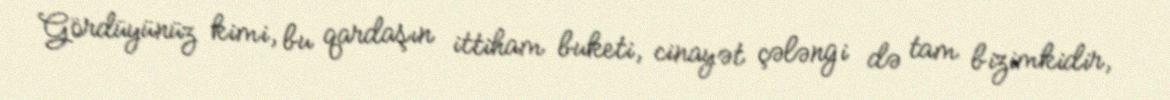
Gördüyünüz kimi, bu qardaşın ittiham buketi, cinayət çələngi də tam bizimkidir,